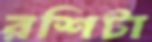
রশিটা